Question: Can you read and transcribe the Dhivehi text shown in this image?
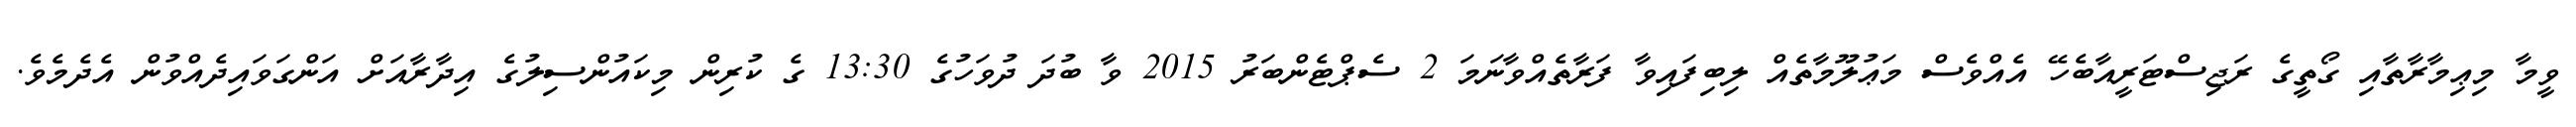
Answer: ވީމާ މިޢިމާރާތާއި ގޯތީގެ ރަޖިސްޓަރީއާބެހޭ އެއްވެސް މަޢުލޫމާތެއް ލިބިފައިވާ ފަރާތެއްވާނަމަ 2 ސެޕްޓެންބަރު 2015 ވާ ބުދަ ދުވަހުގެ 13:30 ގެ ކުރިން މިކައުންސިލުގެ އިދާރާއަށް އަންގަވައިދެއްވުން އެދެމެވެ.